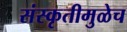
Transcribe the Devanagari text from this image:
संस्कृतीमुळेच